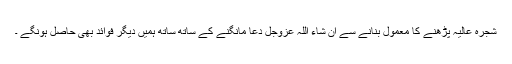
شجرہ عالیہ پڑھنے کا معمول بنانے سے ان شاء اللّٰہ عَزَّوَجَلَّ دعا مانگنے کے ساتھ ساتھ ہمیں دیگر فوائد بھی حاصل ہونگے ۔